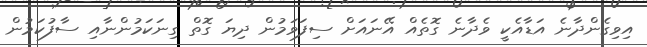
އިވިގެންދާނެ އަޑާއެކީ ވެދާނެ ގޮތެއް އޭނައަށް ސިފަވަމުން ދިޔަ ގޮތް ގިނަކަމުންނާއި ސާފުކަމުން